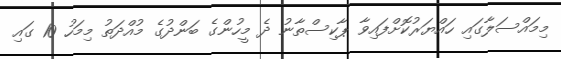
މިމައްސަލާގައި ހައްޔަރުކޮށްފައިވާ ޕާކިސްތާނު ދެ މީހުންގެ ބަންދުގެ މުއްދަތު މިމަހު 10 ގައި